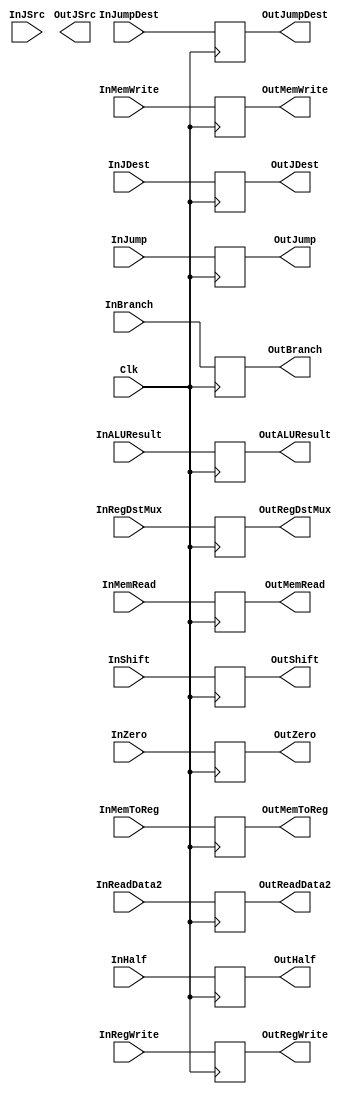
`timescale 1ns / 1ps

///////////////////////////////////////////////////////////////////////////////////////
// ECE369 - Computer Architecture
// 
// Module - EX_Mem_Register.v
// Description - Create a Verilog file for the EX/MEM Register of the pipelined version
///////////////////////////////////////////////////////////////////////////////////////

module EX_MEM_Register(Clk, 
                       InRegWrite, OutRegWrite, InBranch, OutBranch, InMemWrite, OutMemWrite, InMemRead, OutMemRead, // control
                       InMemToReg, OutMemToReg, InHalf, OutHalf, InJSrc, OutJSrc, // signals
                       InJumpDest, OutJumpDest, // PC + 4*Imm
                       InJDest, OutJDest,
                       InZero, OutZero, InALUResult, OutALUResult, // ALU outputs
                       InReadData2, OutReadData2,
                       InRegDstMux, OutRegDstMux,
                       InShift, OutShift,
                       InJump, OutJump); // Added for hazard detection

    input Clk, InRegWrite, InBranch, InMemWrite, InMemRead, InMemToReg, InZero, InJSrc, InShift;
    input [1:0] InHalf;
    input [4:0] InRegDstMux;
    input [31:0] InReadData2, InALUResult, InJumpDest, InJDest;
    input InJump;

    output reg OutRegWrite, OutBranch, OutMemWrite, OutMemRead, OutMemToReg, OutZero, OutJSrc, OutShift;
    output reg [1:0] OutHalf;
    output reg [4:0] OutRegDstMux;
    output reg [31:0] OutReadData2, OutALUResult, OutJumpDest, OutJDest;
    output reg OutJump;

    initial begin
        OutRegWrite <= 0;
        OutBranch <= 0;
        OutMemWrite <= 0;
        OutMemRead <= 0;
        OutMemToReg <= 0;
        OutZero <= 0;
        OutHalf <= 0;
        OutRegDstMux <= 0;
        OutReadData2 <= 0;
        OutALUResult <= 0;
        OutJumpDest <= 0;
        OutJDest <= 0;
        OutShift <= 0;
        OutJump <= 0;
    end

    always @(posedge Clk) begin
        OutRegWrite <= InRegWrite;
        OutBranch <= InBranch;
        OutMemWrite <= InMemWrite;
        OutMemRead <= InMemRead;
        OutMemToReg <= InMemToReg;
        OutZero <= InZero;
        OutHalf <= InHalf;
        OutRegDstMux <= InRegDstMux;
        OutReadData2 <= InReadData2;
        OutALUResult <= InALUResult;
        OutJumpDest <= InJumpDest;
        OutJDest <= InJDest;
        OutShift <= InShift;
        OutJump <= InJump;
        
    end
endmodule